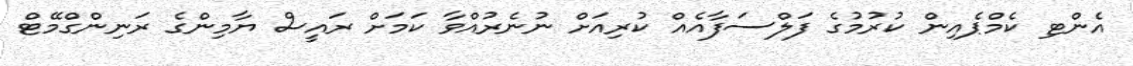
އެންޓި ކެމްޕެއިން ކުރުމުގެ ފަލްސަފާއެއް ކުރިއަށް ނުނެރުއްވާ ކަމަށް ރައީސް ޔާމިންގެ ރަނިންގްމޭޓް